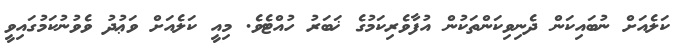
ކަލެއަށް ނުބައިކަން ދެނިވިކަންތަކުން އުފާވެރިކަމުގެ ޚަބަރު ހުއްޓެވެ. މިއީ ކަލެއަށް ވަޢުދު ވެވުނުކަމުގައިވީ